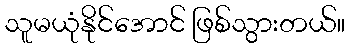
သူမယုံနိုင်အောင် ဖြစ်သွားတယ်။